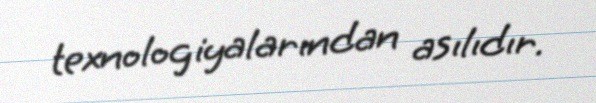
texnologiyalarından asılıdır.